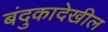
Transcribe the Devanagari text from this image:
बंदुकादेखील